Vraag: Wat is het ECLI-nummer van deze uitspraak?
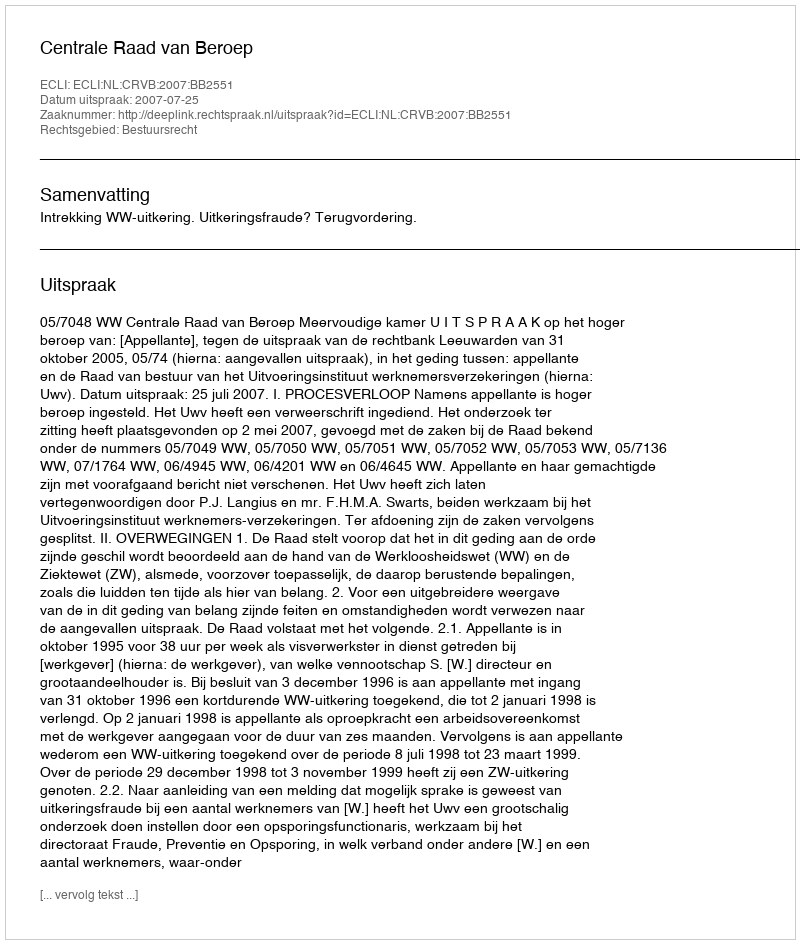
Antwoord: ECLI:NL:CRVB:2007:BB2551